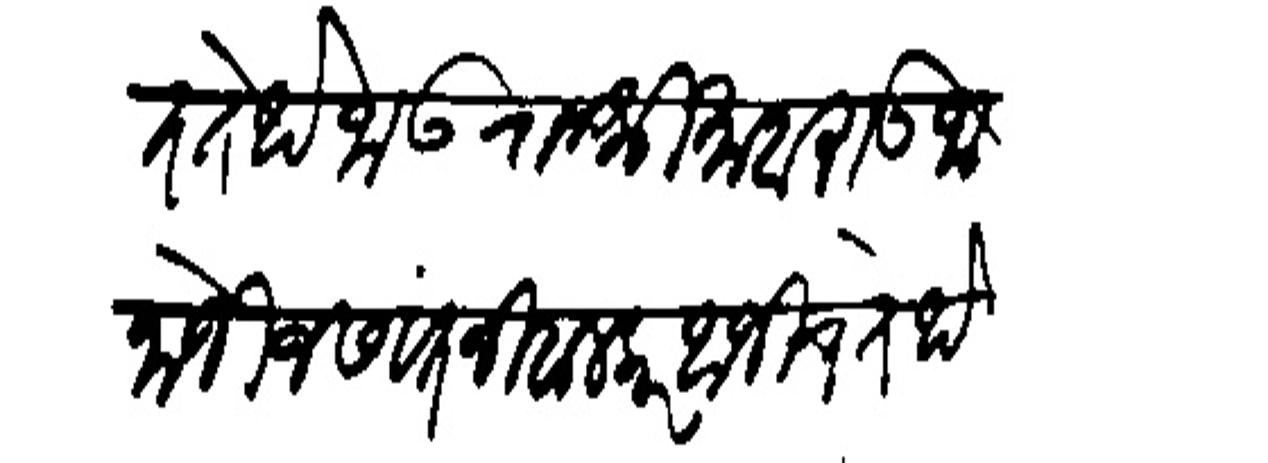
Transliteration (Devanagari): आहेत तेथे जाऊन राजश्री माहाराऊ जानोजी जसवंत निंबालकर आजोच तेथे